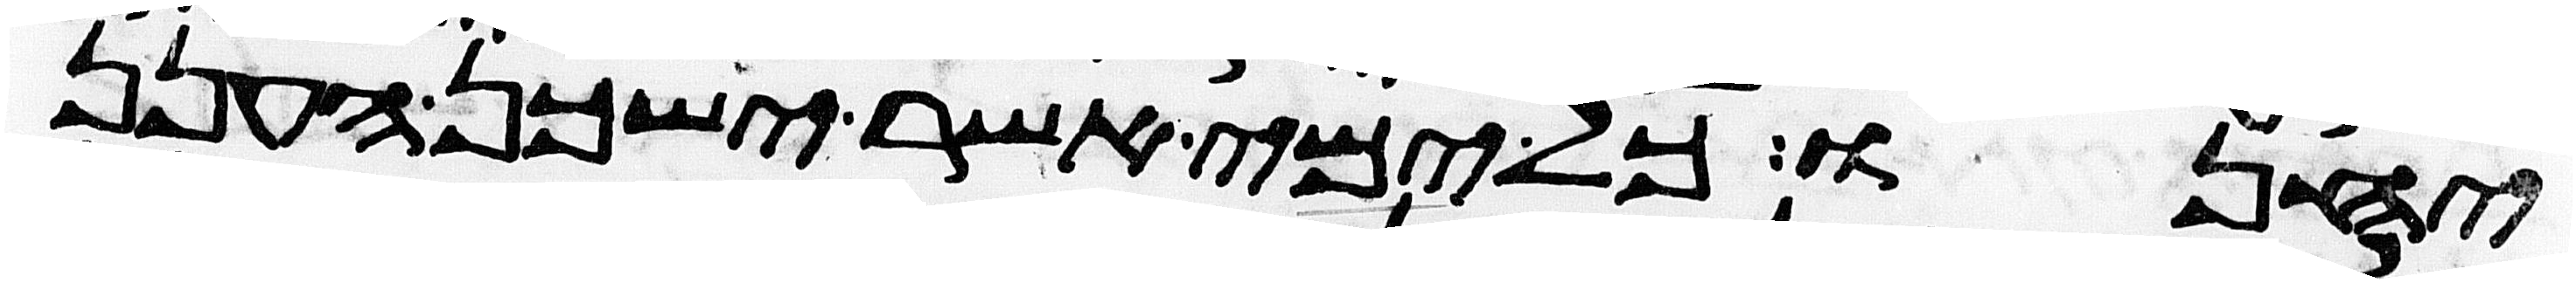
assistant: יחנו כל ימי אשר ישכן הענן